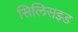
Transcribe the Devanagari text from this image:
सिलिसइड